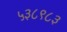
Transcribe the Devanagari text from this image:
५३८९८३